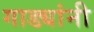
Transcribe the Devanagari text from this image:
गाड्यांनी